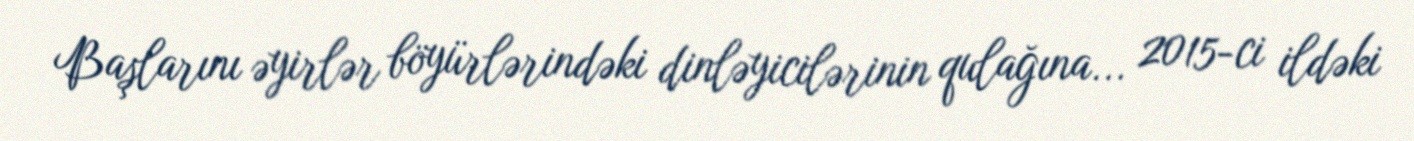
Başlarını əyirlər böyürlərindəki dinləyicilərinin qulağına... 2015-ci ildəki